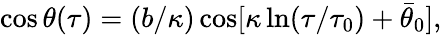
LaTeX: \cos\theta(\tau)=(b/\kappa)\cos[\kappa\ln(\tau/\tau_{0})+\bar{\theta}_{0}],